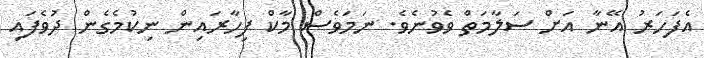
އެފަހަރު އޭނާ އަށް ސަލާމަތް ވެވުނެވެ. ނަމަވެސް މާކް ފިހާރައިން ނިކުމެގެން ދުވެފައި